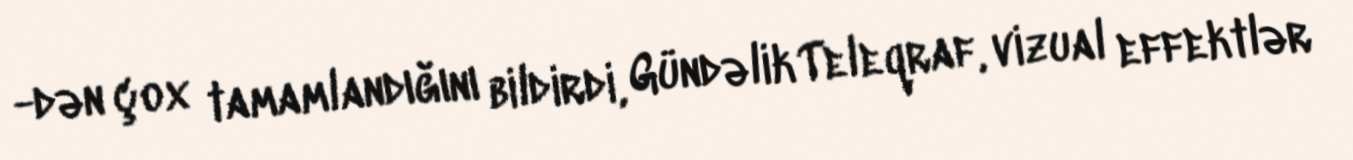
-dən çox tamamlandığını bildirdi, Gündəlik Teleqraf, vizual effektlər